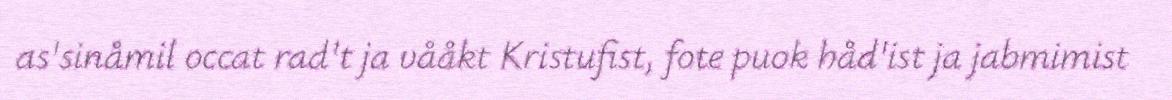
as'sinåmil occat rad't ja vååkt Kristufist, fote puok håd'ist ja jabmimist